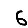
Digit: 6